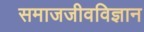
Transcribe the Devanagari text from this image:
समाजजीवविज्ञान